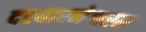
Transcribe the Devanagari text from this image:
दरबारनेश्वरम